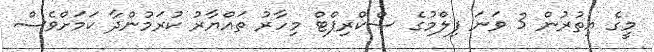
މީގެ އިތުރުން 3 ވަނަ ފިލްމުގެ ސްކްރިޕްޓް މިހާރު ތައްޔާރު ކުރަމުންދާ ކަމަށްވެސް